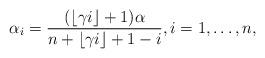
LaTeX: \begin{align*}\alpha_i = \frac{(\lfloor\gamma i \rfloor+ 1) \alpha}{ n +\lfloor\gamma i \rfloor+ 1 - i},i=1, \ldots, n,\end{align*}